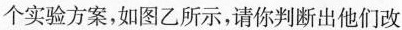
个实验方案，如图乙所示，请你判断出他们改